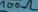
Text: 100Ω